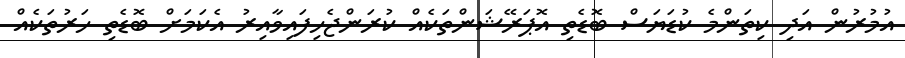
އުމުރުން އަދި ކިތަންމެ ކުޑަޔަސް ބޮޑެތި އޮޕަރޭޝަންތަކެއް ކުރަންޖެހިފައިވާއިރު އެކަމަށް ބޮޑެތި ހަރުތަކެއް